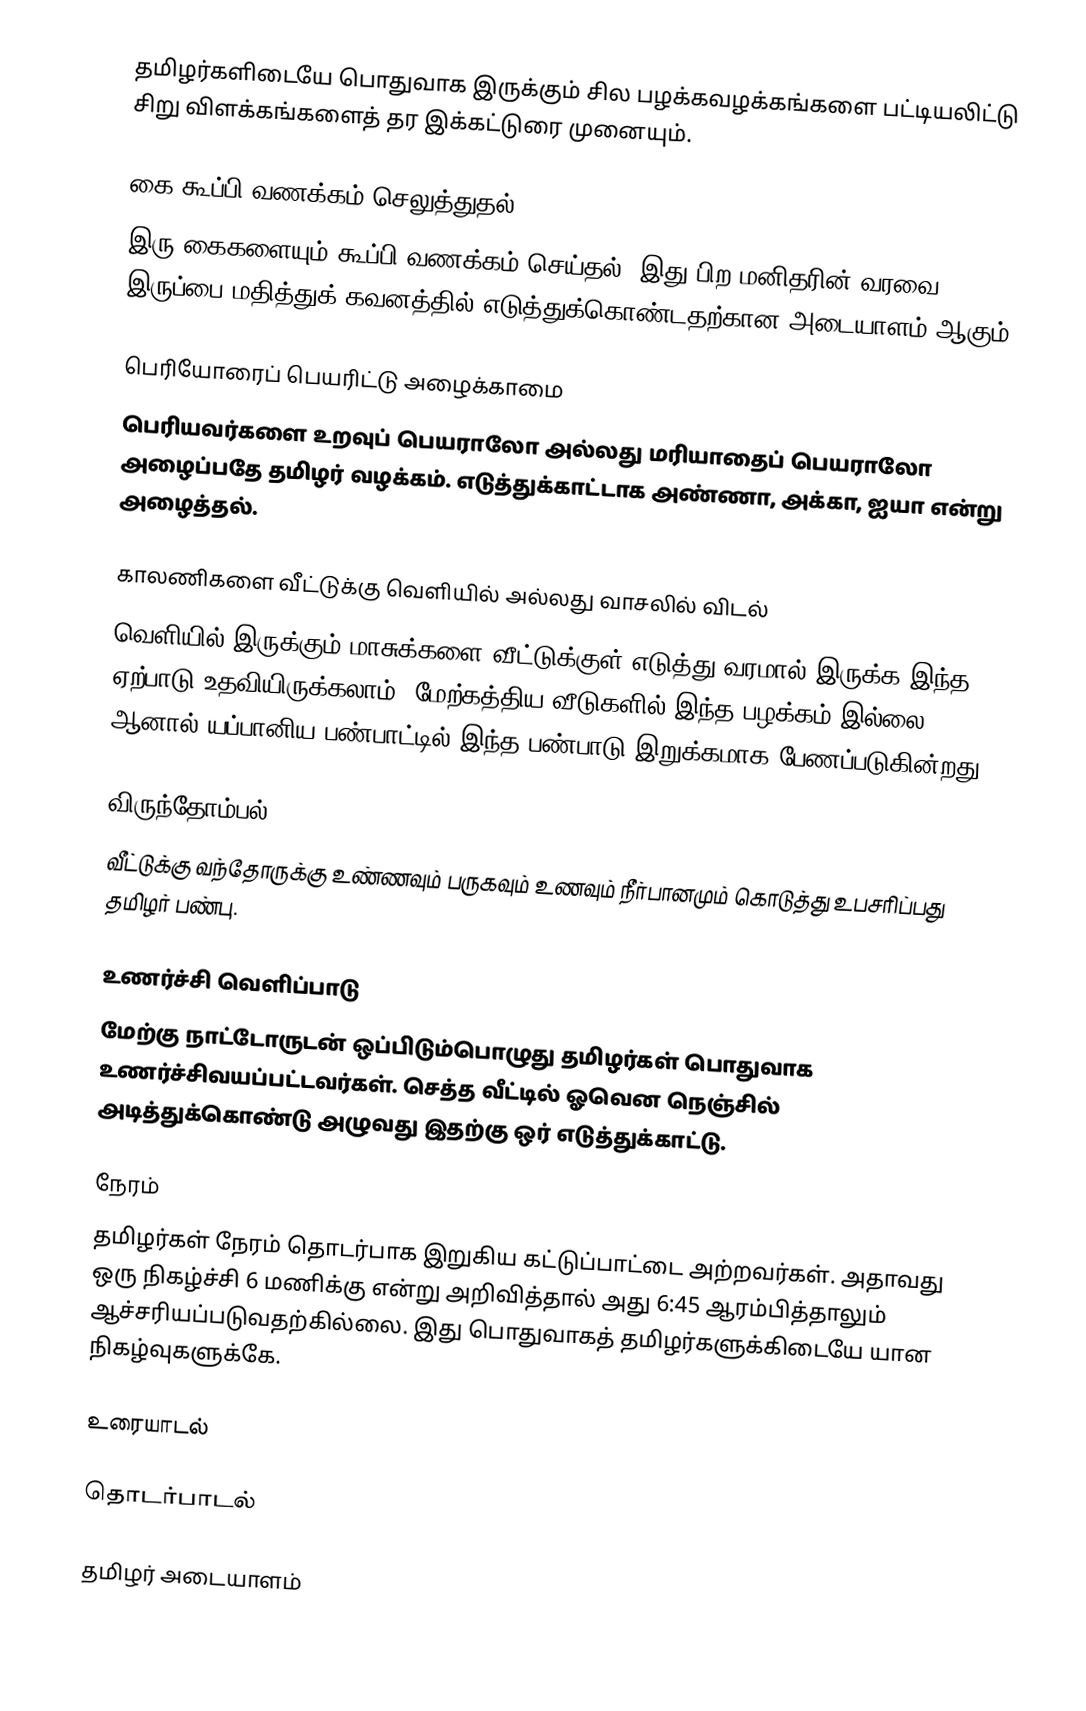
தமிழர்களிடையே பொதுவாக இருக்கும் சில பழக்கவழக்கங்களை பட்டியலிட்டு சிறு விளக்கங்களைத் தர இக்கட்டுரை முனையும்.

கை கூப்பி வணக்கம் செலுத்துதல்
இரு கைகளையும் கூப்பி வணக்கம் செய்தல்.  இது பிற மனிதரின் வரவை, இருப்பை மதித்துக் கவனத்தில் எடுத்துக்கொண்டதற்கான அடையாளம் ஆகும்.

பெரியோரைப் பெயரிட்டு அழைக்காமை
பெரியவர்களை உறவுப் பெயராலோ அல்லது மரியாதைப் பெயராலோ அழைப்பதே தமிழர் வழக்கம்.  எடுத்துக்காட்டாக அண்ணா, அக்கா, ஐயா என்று அழைத்தல்.

காலணிகளை வீட்டுக்கு வெளியில் அல்லது வாசலில் விடல்
வெளியில் இருக்கும் மாசுக்களை வீட்டுக்குள் எடுத்து வரமால் இருக்க இந்த ஏற்பாடு உதவியிருக்கலாம்.  மேற்கத்திய வீடுகளில் இந்த பழக்கம் இல்லை.  ஆனால் யப்பானிய பண்பாட்டில் இந்த பண்பாடு இறுக்கமாக பேணப்படுகின்றது.

விருந்தோம்பல்
வீட்டுக்கு வந்தோருக்கு உண்ணவும் பருகவும் உணவும் நீர்பானமும் கொடுத்து உபசரிப்பது தமிழர் பண்பு.

உணர்ச்சி வெளிப்பாடு
மேற்கு நாட்டோருடன் ஒப்பிடும்பொழுது தமிழர்கள் பொதுவாக உணர்ச்சிவயப்பட்டவர்கள்.  செத்த வீட்டில் ஓவென நெஞ்சில் அடித்துக்கொண்டு அழுவது இதற்கு ஒர் எடுத்துக்காட்டு.

நேரம்
தமிழர்கள் நேரம் தொடர்பாக இறுகிய கட்டுப்பாட்டை அற்றவர்கள்.  அதாவது ஒரு நிகழ்ச்சி 6 மணிக்கு என்று அறிவித்தால் அது 6:45  ஆரம்பித்தாலும் ஆச்சரியப்படுவதற்கில்லை.  இது பொதுவாகத் தமிழர்களுக்கிடையே யான நிகழ்வுகளுக்கே.

உரையாடல்

தொடர்பாடல்

தமிழர் அடையாளம்